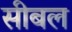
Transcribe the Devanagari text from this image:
सीबल